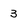
Character: 3